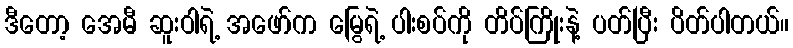
ဒီတော့ အေမီ ဆူးဝါရဲ့ အဖော်က မြွေရဲ့ ပါးစပ်ကို တိပ်ကြိုးနဲ့ ပတ်ပြီး ပိတ်ပါတယ်။